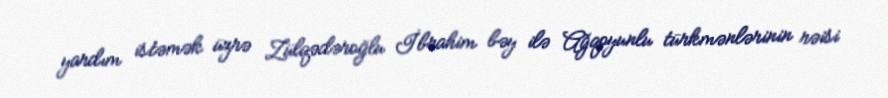
yardım istəmək üzrə Zülqədəroğlu İbrahim bəy ilə Ağqoyunlu türkmənlərinin rəisi